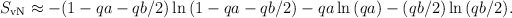
\begin{align*}S_{\rm vN} \approx -(1-qa-qb/2)\ln{(1-qa-qb/2)}-qa\ln{(qa)}-(qb/2)\ln{(qb/2)}. \end{align*}